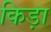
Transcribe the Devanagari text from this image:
किड़ा